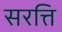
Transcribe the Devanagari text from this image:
सरत्ति